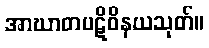
အာဃာတပဋိဝိနယသုတ်။